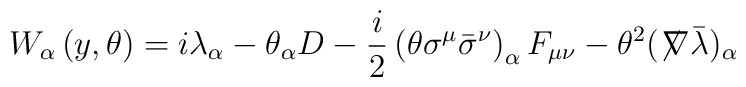
W_\alpha \left( y,\theta \right) =i\lambda _\alpha -\theta_\alpha D -\frac{i}{2}\left( \theta\sigma ^\mu\bar \sigma ^\nu \right) _\alpha F_{\mu\nu} -\theta^2  (\not\!\nabla \bar\lambda)_\alpha